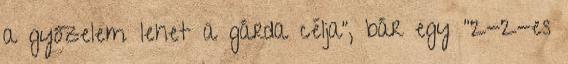
a győzelem lehet a gárda célja", bár egy "2-2-es